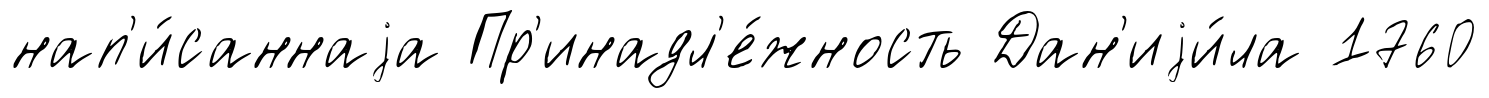
нап'и́саннаjа Пр'инадл'е́жность Дан'иjи́ла 1760